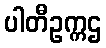
ပါတီဥက္ကဌ